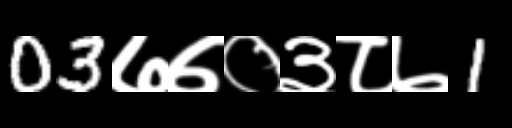
Text: 03७७०३८७1